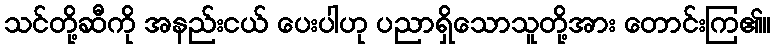
သင်တို့ဆီကို အနည်းငယ် ပေးပါဟု ပညာရှိသောသူတို့အား တောင်းကြ၏။